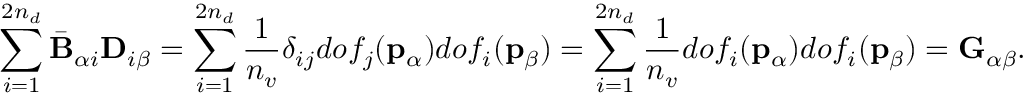
\sum _ { i = 1 } ^ { 2 n _ { d } } \bar { \mathbf { B } } _ { \alpha i } \mathbf { D } _ { i \beta } = \sum _ { i = 1 } ^ { 2 n _ { d } } \frac { 1 } { n _ { v } } \delta _ { i j } d o f _ { j } ( \mathbf { p } _ { \alpha } ) d o f _ { i } ( \mathbf { p } _ { \beta } ) = \sum _ { i = 1 } ^ { 2 n _ { d } } \frac { 1 } { n _ { v } } d o f _ { i } ( \mathbf { p } _ { \alpha } ) d o f _ { i } ( \mathbf { p } _ { \beta } ) = \mathbf { G } _ { \alpha \beta } .